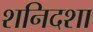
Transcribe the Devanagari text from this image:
शनिदशा